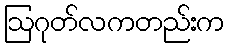
ဩဂုတ်လကတည်းက